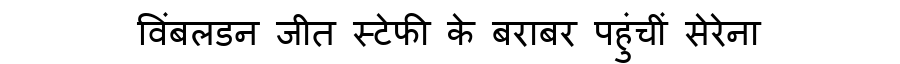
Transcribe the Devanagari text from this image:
विंबलडन जीत स्टेफी के बराबर पहुंचीं सेरेना